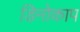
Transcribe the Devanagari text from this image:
डिनोकाप